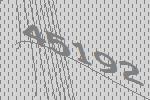
45192